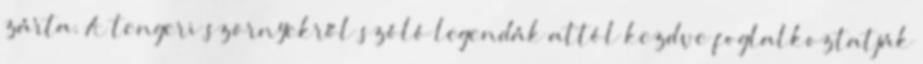
zárta. A tengeri szörnyekről szóló legendák attól kezdve foglalkoztatják